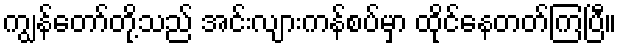
ကျွန်တော်တို့သည် အင်းလျားကန်စပ်မှာ ထိုင်နေတတ်ကြပြီ။